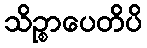
သိဉ္စာပေတိပိ